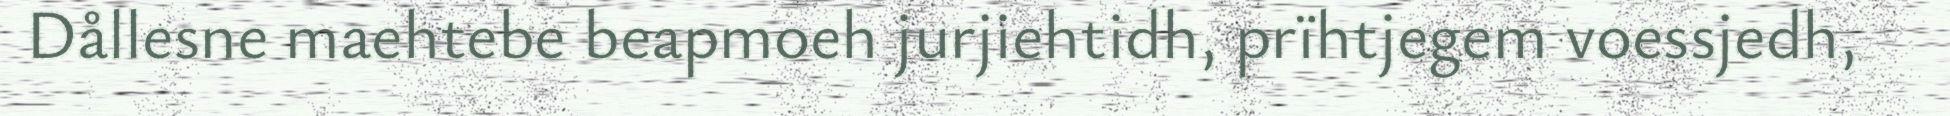
Dållesne maehtebe beapmoeh jurjiehtidh, prïhtjegem voessjedh,